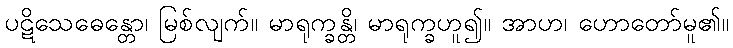
ပဋိသေဓေန္တော၊ မြစ်လျက်။ မာရုက္ခန္တိ၊ မာရုက္ခဟူ၍။ အာဟ၊ ဟောတော်မူ၏။